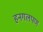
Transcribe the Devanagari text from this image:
हनगलपण